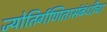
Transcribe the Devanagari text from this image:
ज्योतिर्गणितासंबंधीचा